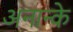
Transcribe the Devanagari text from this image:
अनान्के